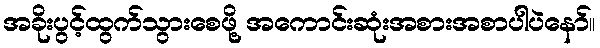
အခိုးပွင့်ထွက်သွားစေဖို့ အကောင်းဆုံးအစားအစာပါပဲနော်။